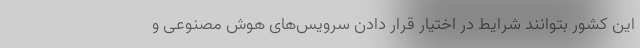
این کشور بتوانند شرایط در اختیار قرار دادن سرویس‌های هوش مصنوعی و